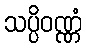
သပ္ပိဝဏ္ဏံ